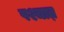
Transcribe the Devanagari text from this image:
पश्चात़